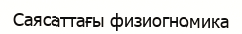
Саясаттағы физиогномика